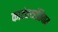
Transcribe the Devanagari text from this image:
कादंबर्‍यांशिवाय